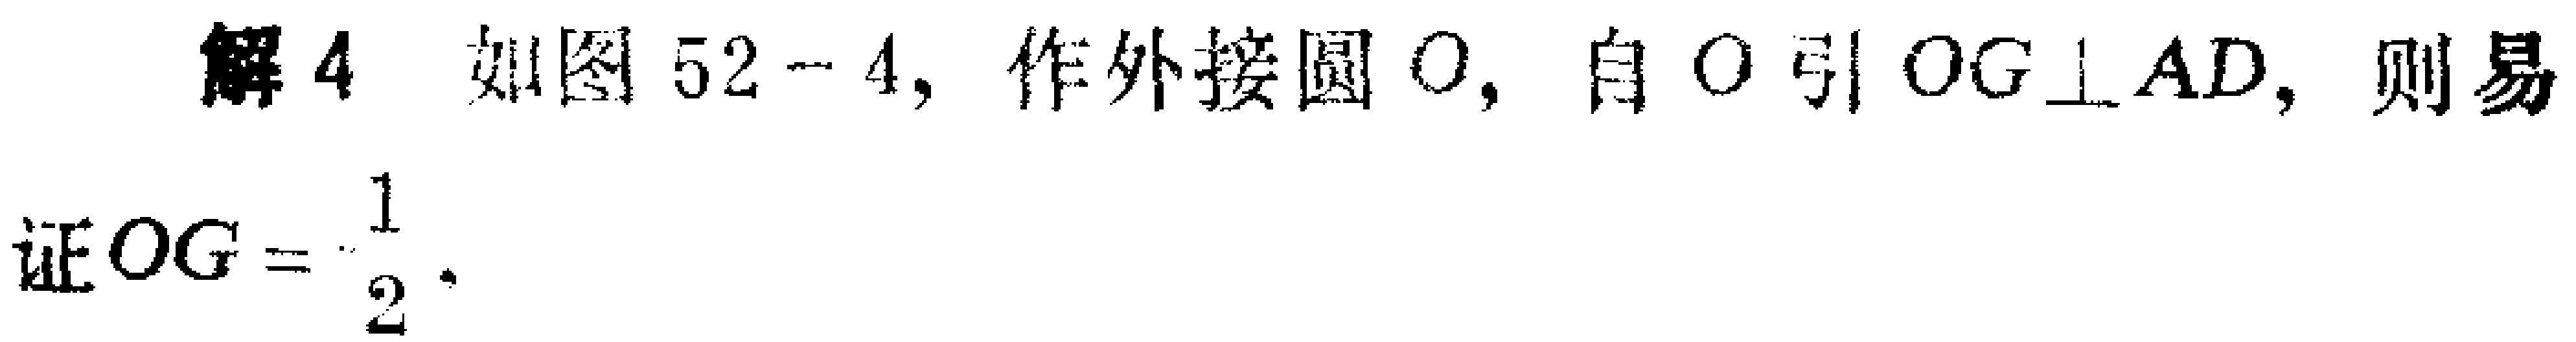
解4 如图52 - 4, 作外接圆\(O\)，自\(O\)引\(OG\perp AD\)，则易证\(OG = \frac{1}{2}\)。